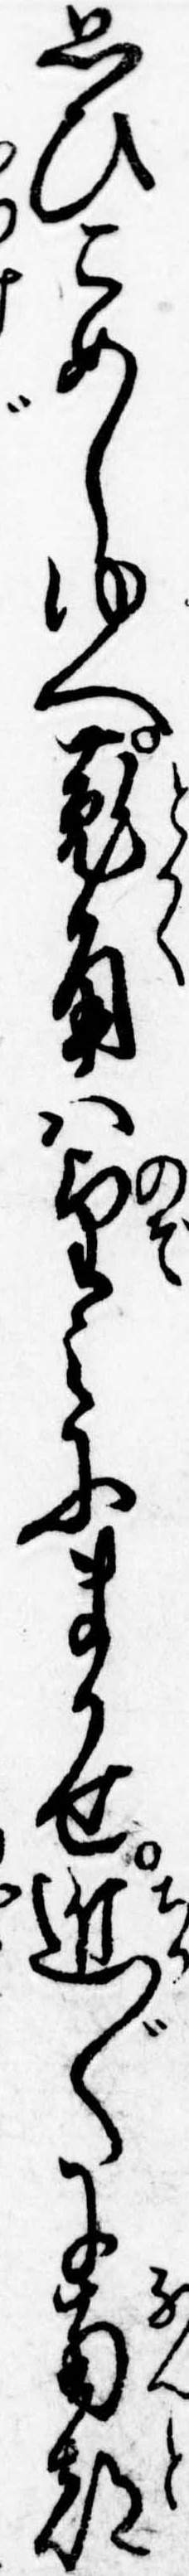
思ひこめしゆへ菟角は望みにまかせ近〲に南都